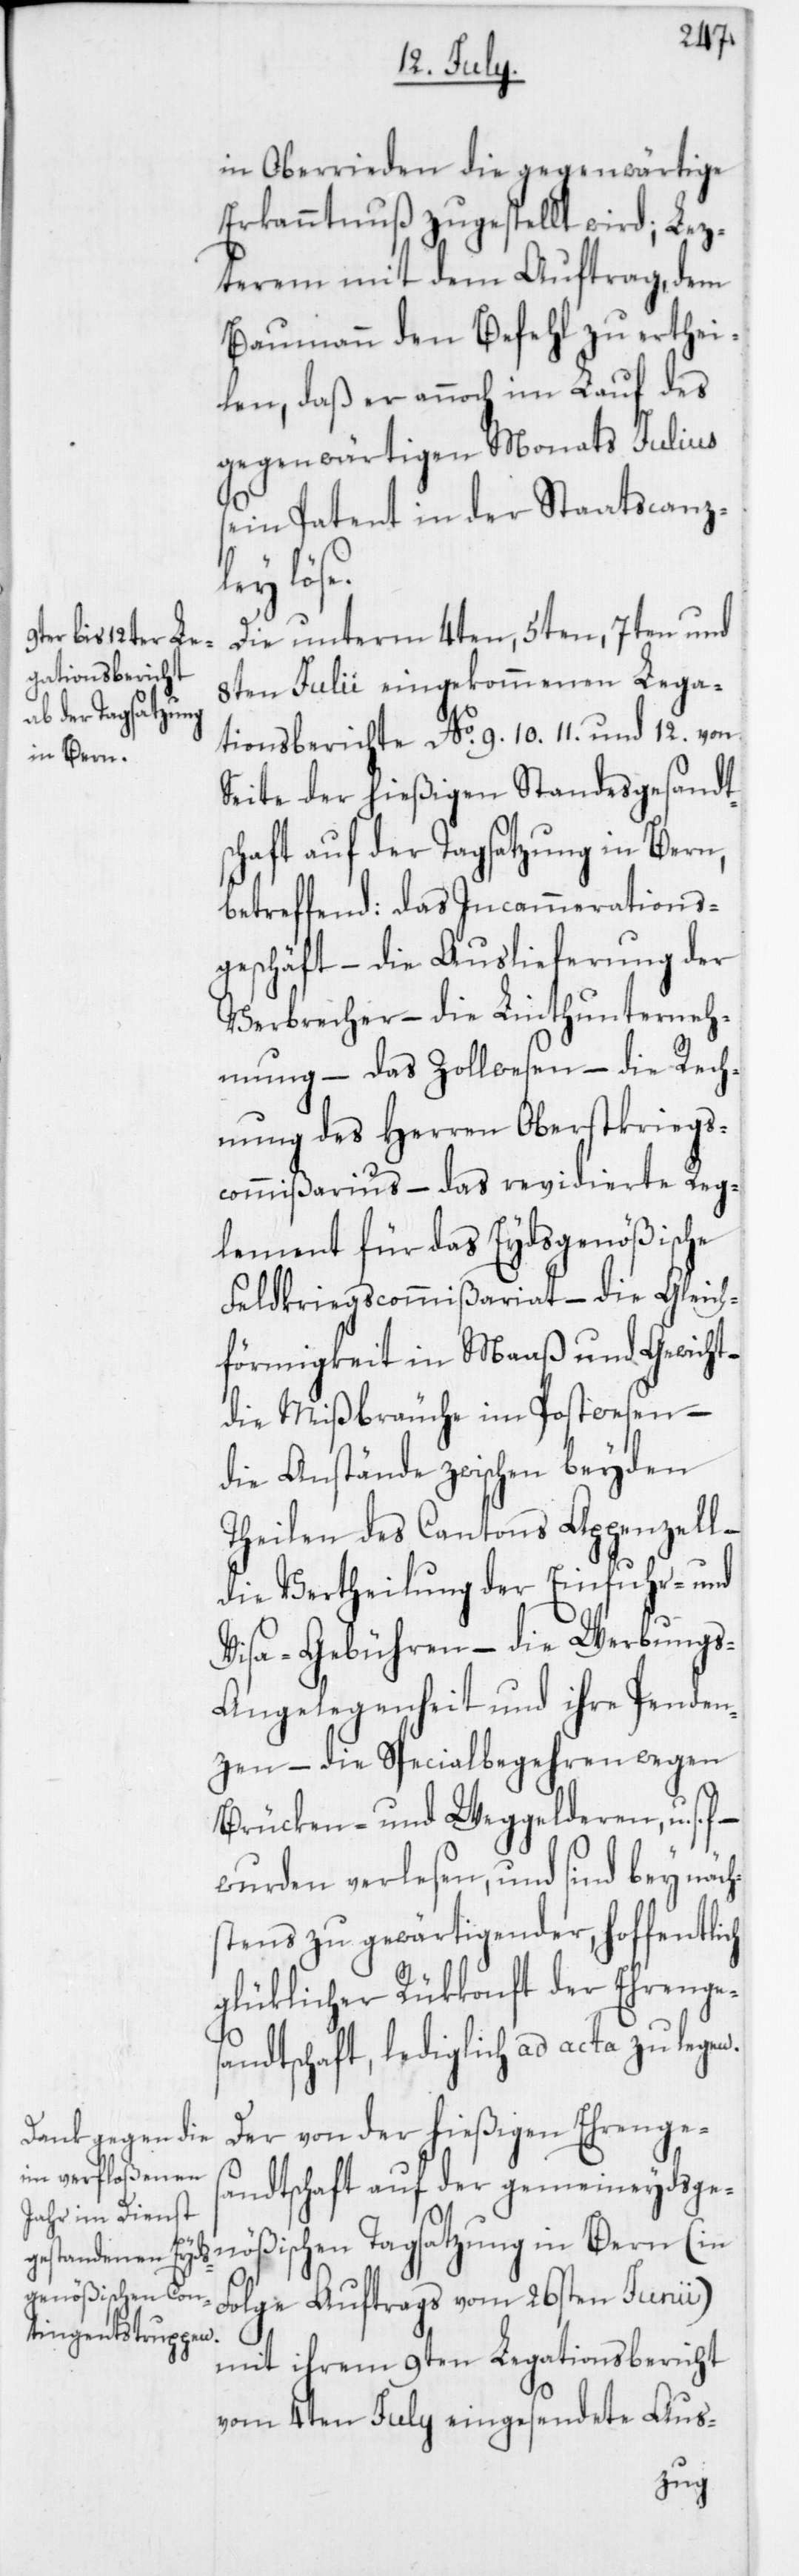
in Oberrieden die gegenwärtige
Erkanntnuß zugestellt wird, Lez¬
terem mit dem Auftrag, dem
Baumann den Befehl zu erthei¬
len, daß er annoch im Lauf des
gegenwärtigen Monats Julius
sein Patent in der Staatscanz¬
ley löse.
Die unterm 4ten, 5ten, 7ten und
8ten Julii eingekommenen Lega¬
tionsberichte No 9, 10, 11 und 12 von
Seite der hießigen Standesgesandt¬
schaft auf der Tagsatzung in Bern,
betreffend: das Incammerations¬
geschäft – die Auslieferung der
Verbrecher – die Linth-Unterneh¬
mung – das Zollwesen – die Rech¬
nung des Herren Oberstkriegs¬
commißarius – das revidierte Reg¬
lement für das Eydsgenößische
Feldkriegscommißariat – die Gleich¬
förmigkeit in Maaß und Gewicht –
die Mißbräuche im Postwesen –
die Anstände zwischen beyden
Theilen des Cantons Appenzell
die Vertheilung der Einfuhr-und
Visa-Gebühren – die Werbung¬
s-Angelegenheit und ihre Penden¬
zen – die Specialbegehren wegen
Brücken- und Weggelderen, u. s.
wurden verlesen, und sind bey näch¬
stens zu gewärtigender, hoffentlich
glüklicher Rückkonft der Ehrenges¬
andtschaft, lediglich ad acta zu legen.
Der von der hießigen Ehrenges¬
andtschaft auf der gemeineydsge¬
nößischen Tagsatzung in Bern (in
Folge Auftrags vom 26sten Junii)
mit ihrem 9ten Legationsbericht
vom 4ten July eingesendete Aus-